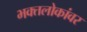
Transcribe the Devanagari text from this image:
भक्तलोकांवर